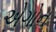
એગોન